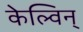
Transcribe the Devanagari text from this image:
केल्विन्